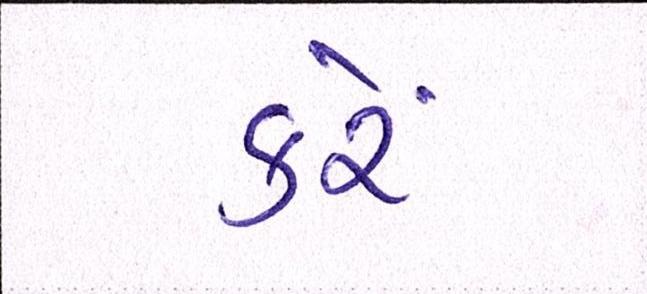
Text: કરેં